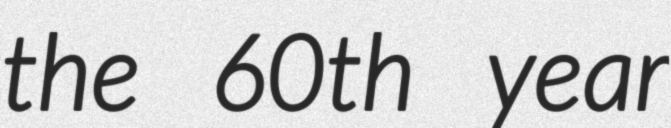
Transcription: the 60th year